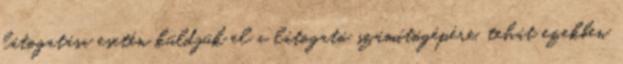
látogatása esetén küldjük el a látogató számítógépére, tehát ezekben